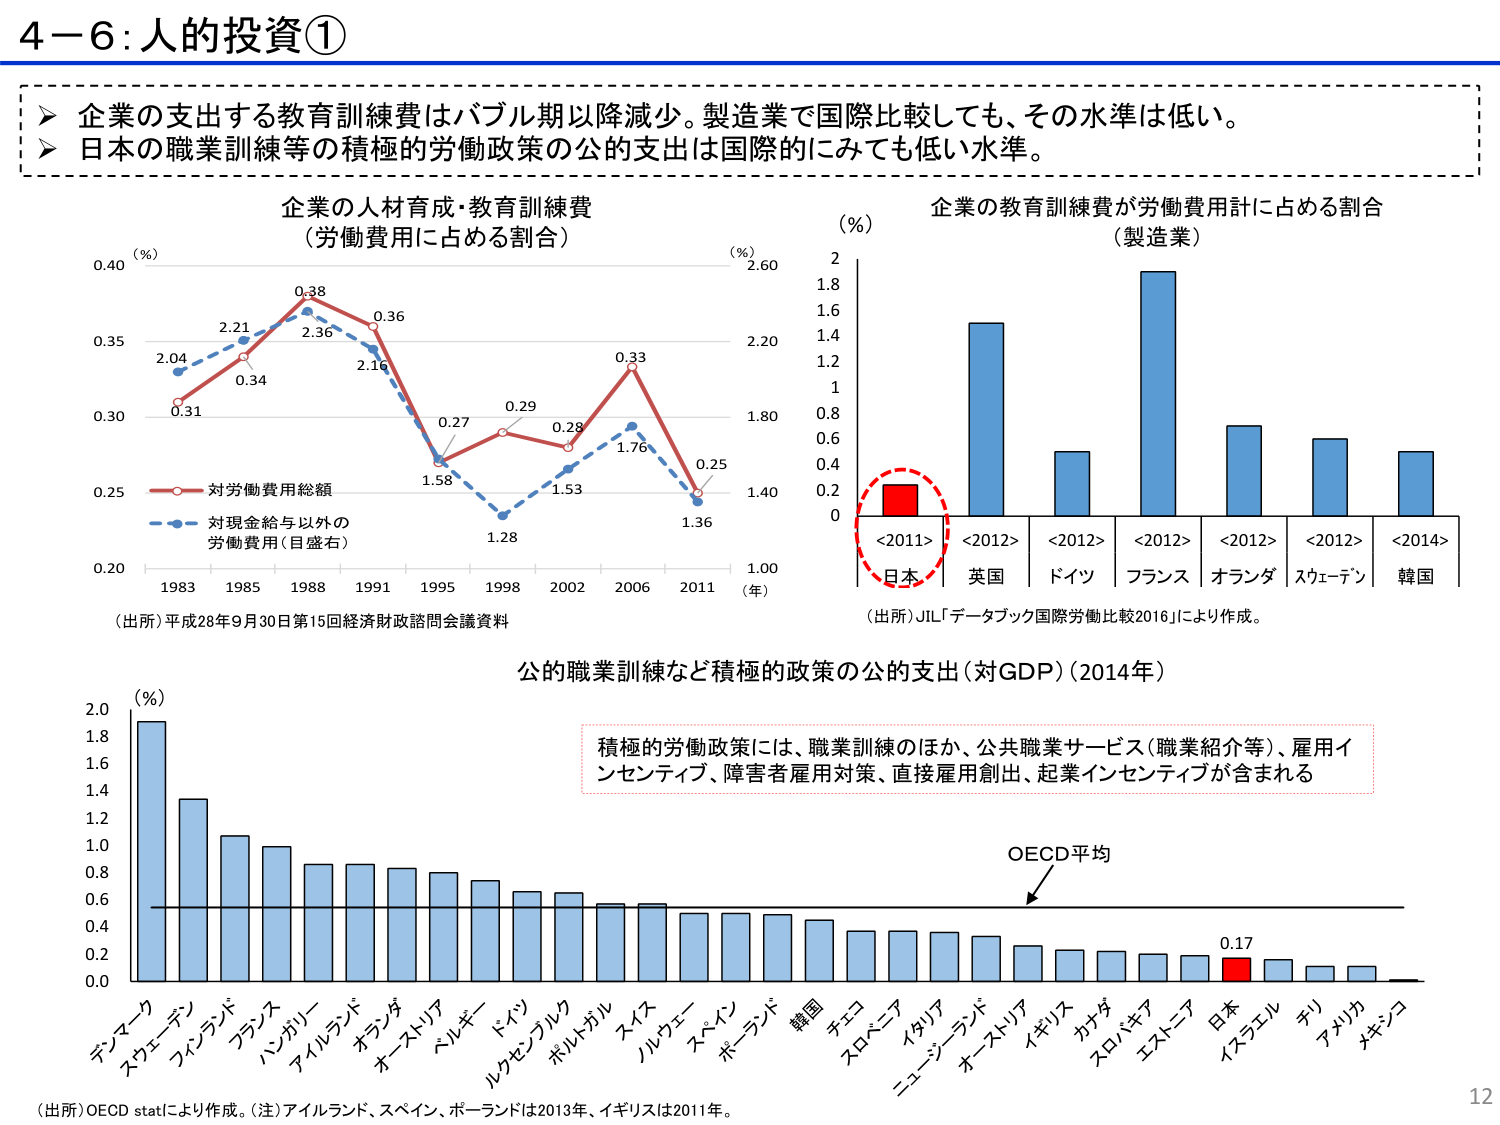
4－6：人的投資①

➤ 企業の支出する教育訓練費はバブル期以降減少。製造業で国際比較しても、その水準は低い。
➤ 日本の職業訓練等の積極的労働政策の公的支出は国際的にみても低い水準。

企業の人材育成・教育訓練費
（労働費用に占める割合）

（％）
0.40
0.35
0.30
0.25
0.20

1983 1985 1988 1991 1995 1998 2002 2006 2011 （年）

対労働費用総額
対現金給与以外の
労働費用（目盛右）

2.04
0.31
2.21
0.34
0.38
2.36
0.36
2.16
0.27
1.58
0.29
1.28
0.28
1.53
0.33
1.76
0.25
1.36

（％）
2.60
2.20
1.80
1.40
1.00

（出所）平成28年9月30日第15回経済財政諮問会議資料

企業の教育訓練費が労働費用計に占める割合
（製造業）

（％）
2
1.8
1.6
1.4
1.2
1
0.8
0.6
0.4
0.2
0

<2011> <2012> <2012> <2012> <2012> <2012> <2014>
日本 英国 ドイツ フランス オランダ スウェーデン 韓国

（出所）JIL「データブック国際労働比較2016」により作成。

公的職業訓練など積極的政策の公的支出（対GDP）（2014年）

（％）
2.0
1.8
1.6
1.4
1.2
1.0
0.8
0.6
0.4
0.2
0.0

デンマーク
スウェーデン
フィンランド
フランス
ハンガリー
アイルランド
オランダ
オーストリア
ベルギー
ドイツ
ルクセンブルク
ポルトガル
スイス
ノルウェー
スペイン
ポーランド
韓国
チェコ
スロベニア
イタリア
ニュージーランド
オーストリア
イギリス
カナダ
スロバキア
エストニア
日本
イスラエル
チリ
アメリカ
メキシコ

0.17

OECD平均

積極的労働政策には、職業訓練のほか、公共職業サービス（職業紹介等）、雇用インセンティブ、障害者雇用対策、直接雇用創出、起業インセンティブが含まれる

（出所）OECD statにより作成。（注）アイルランド、スペイン、ポーランドは2013年、イギリスは2011年。

12